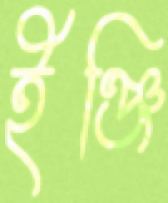
ইঞ্জি